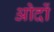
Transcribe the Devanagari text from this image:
ओदों